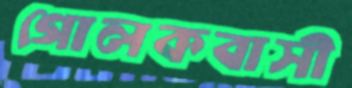
গোলকবাসী